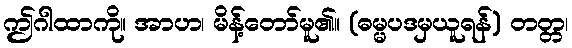
ဤဂါထာကို။ အာဟ၊ မိန့်တော်မူ၏။ (ဓမ္မပဒမှယူရန်) တတ္တ၊